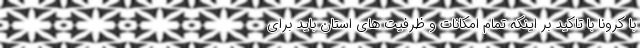
با کرونا با تاکید بر اینکه تمام امکانات و ظرفیت های استان باید برای